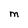
Character: M